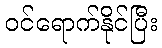
ဝင်ရောက်နိုင်ပြီး